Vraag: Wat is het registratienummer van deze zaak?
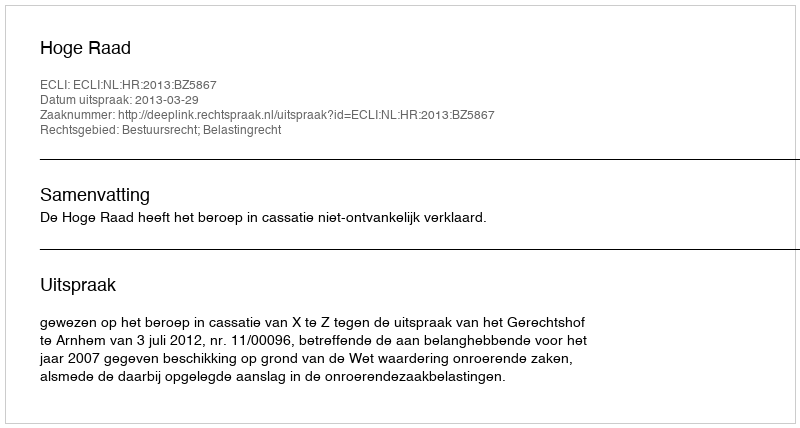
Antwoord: http://deeplink.rechtspraak.nl/uitspraak?id=ECLI:NL:HR:2013:BZ5867